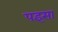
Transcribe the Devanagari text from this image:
पइसा